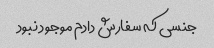
جنسی که سفارش دادم موجود نبود